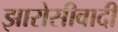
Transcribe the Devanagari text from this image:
झारोसीवादी